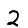
Digit: 2